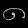
Digit: ၈